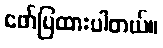
ဖော်ပြထားပါတယ်။